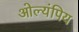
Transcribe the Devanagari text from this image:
ओल्यंपिय